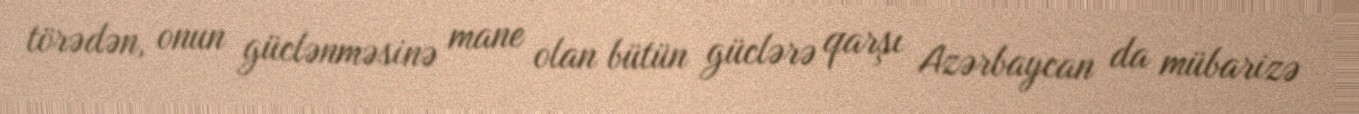
törədən, onun güclənməsinə mane olan bütün güclərə qarşı Azərbaycan da mübarizə